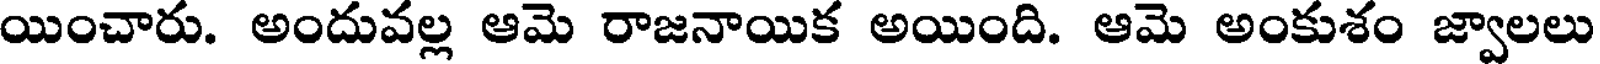
యించారు. అందువల్ల ఆమె రాజనాయిక అయింది. ఆమె అంకుశం జ్వాలలు